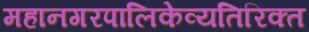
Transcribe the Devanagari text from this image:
महानगरपालिकेव्यतिरिक्त